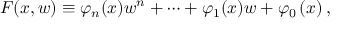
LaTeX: F ( x , w ) \equiv \varphi _ { n } ( x ) w ^ { n } + \cdots + \varphi _ { 1 } ( x ) w + \varphi _ { 0 } \left( x \right) ,